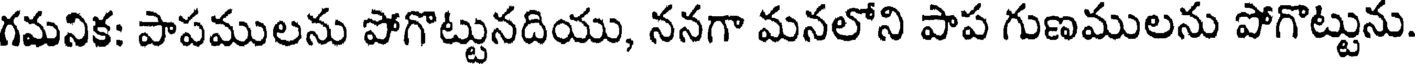
గమనిక: పాపములను పోగొట్టునదియు, ననగా మనలోని పాప గుణములను పోగొట్టును.